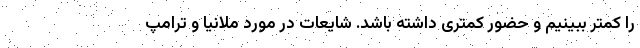
را کمتر ببینیم و حضور کمتری داشته باشد. شایعات در مورد ملانیا و ترامپ